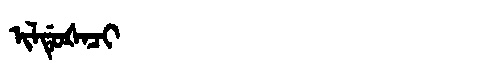
Manchu: ᡳᠯᡩᡠᡧᠠᠴᡳ
Romanization: ILDUŠACI